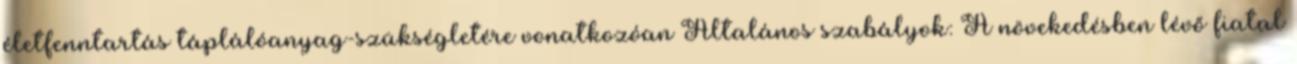
életfenntartás táplálóanyag-szükségletére vonatkozóan Általános szabályok: A növekedésben lévő fiatal